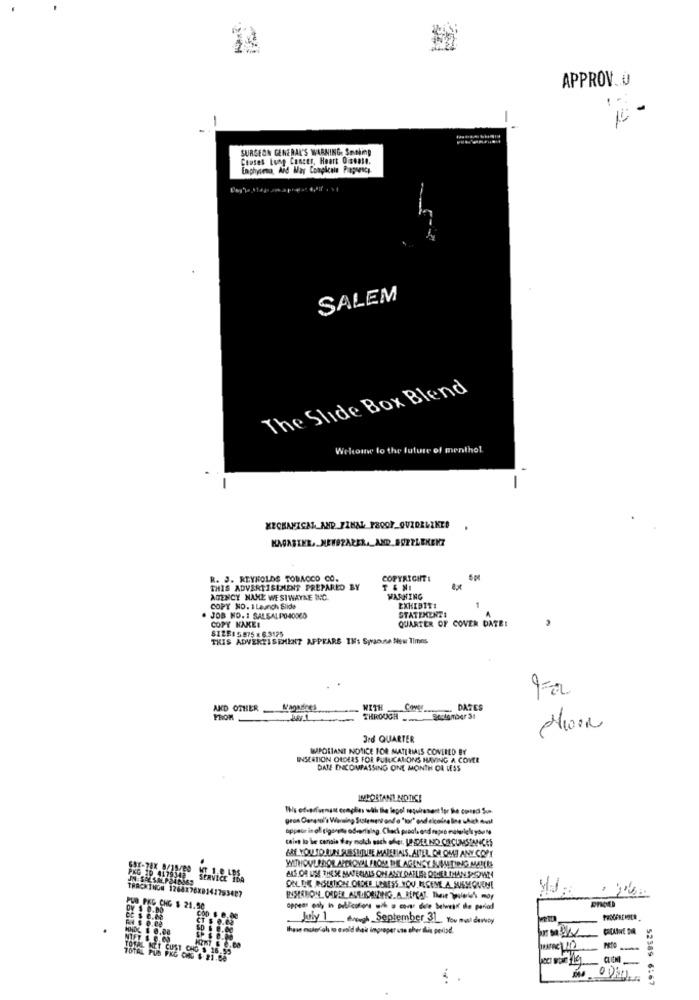
APPROV.0
1 -
SURGEON GENERAL'S WARNING. Smoking
Clases Lung Cancer, Heart Disease.
Emphysema, And May Complain Pragrescy
SALEM
The Slide Box Blend
Welcome to the future of menthol.
-
-
MECHANICAL AND FINAL PROOF_QUZDRLIKES
.
KAGABINE, METSPAPER ._ AND_BORTLEKENT
R. J. REYNOLDS TOBACCO CO.
COPYRIGHT I
THIS ADVERTISENADNIS PREPARED BY
AGENCY NAME WESTWAYNE INC.
WARNING
COPY NO. 1 Launch Slide
EXHIBITI
JOB NO. 1 SALSALPO40000
STATEMENT:
QUARTER OF COVER DATE:
3
COPY KAKEE
SIZE: 5875 x 6.3125
THIS ADVERTISEMENT APPEARS TH: Spracne Now Times
AND OTHER
WITH
DATES
THROUGH
3rd QUARTER
MAPOLIANT NOTICE FOR MATERIALS COVERED BY
INSERTION ORDERS FOR PURLICALONS HAVING A COVER
DATE ENCOMPASSING ONE MONTH OR LESS
IMPORTANT NOTICE
gros Carasol's Warning Sustement and o "tor" end elcośne line uhich ouMl
caine to be canais they molch sach ofer, UNDER NO CIRCUMSTANCES
ARE YOUTORUN AUSSILILE MATERIALS. AITEL OR OMMET ANY COPY
PKG 10 4179342
697-78X 8/15/89
ALS OR USE THESE MATERIALS OH ANY DAFLER DRHIER DHAN PSPWN
TRACKINGN 1268176X0141793487
ONLUK ROLSTICH ORDER LERESS YOU NECEME A SUBSEQUENT
INSERTION OPPER AUTHORIZING A REMA] Their polein may
DY $ 0.00
PUB PKG CHO $ 21.50
COD $ 0.00
CT $ 0.02
July 1 through September 31 You must duroy
HHDL 1 0.08
NIFT & C.60
TOTAL NET CUST CHO $ 16.55
TOTAL PUS PKG ORD $ 21.08
5
52389 6:67